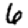
Digit: 6